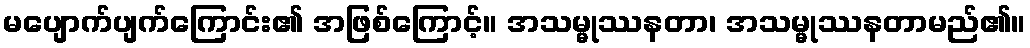
မပျောက်ပျက်ကြောင်း၏ အဖြစ်ကြောင့်။ အသမ္မုဿနတာ၊ အသမ္မုဿနတာမည်၏။